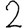
Digit: 2